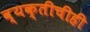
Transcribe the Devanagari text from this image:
व्यक्तीचीही